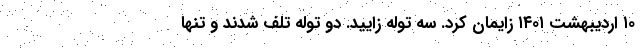
۱۰ اردیبهشت ۱۴۰۱ زایمان کرد. سه توله زایید. دو توله تلف شدند و تنها